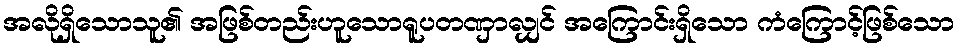
အလိုရှိသောသူ၏ အဖြစ်တည်းဟူသောရူပတဏှာလျှင် အကြောင်းရှိသော ကံကြောင့်ဖြစ်သော